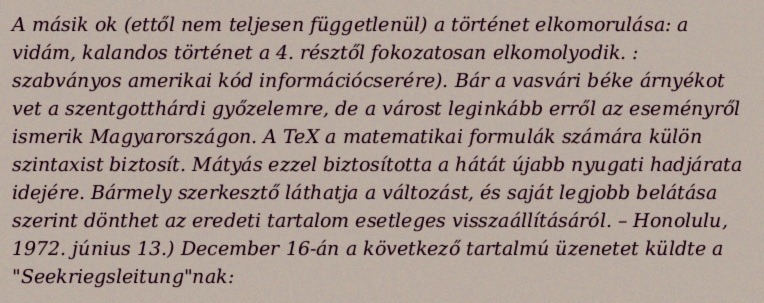
A másik ok (ettől nem teljesen függetlenül) a történet elkomorulása: a vidám, kalandos történet a 4. résztől fokozatosan elkomolyodik. : szabványos amerikai kód információcserére). Bár a vasvári béke árnyékot vet a szentgotthárdi győzelemre, de a várost leginkább erről az eseményről ismerik Magyarországon. A TeX a matematikai formulák számára külön szintaxist biztosít. Mátyás ezzel biztosította a hátát újabb nyugati hadjárata idejére. Bármely szerkesztő láthatja a változást, és saját legjobb belátása szerint dönthet az eredeti tartalom esetleges visszaállításáról. – Honolulu, 1972. június 13.) December 16-án a következő tartalmú üzenetet küldte a "Seekriegsleitung"nak: